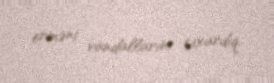
erməni vandallarını çıxardıq.